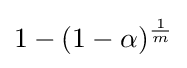
1-(1-\alpha )^{\frac {1}{m}}